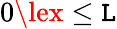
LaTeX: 0\lex\le\mathtt{L}